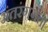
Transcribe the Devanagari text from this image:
अंतरंगगत।